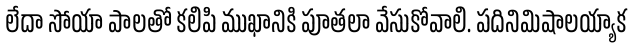
లేదా సోయా పాలతో కలిపి ముఖానికి పూతలా వేసుకోవాలి. పదినిమిషాలయ్యాక